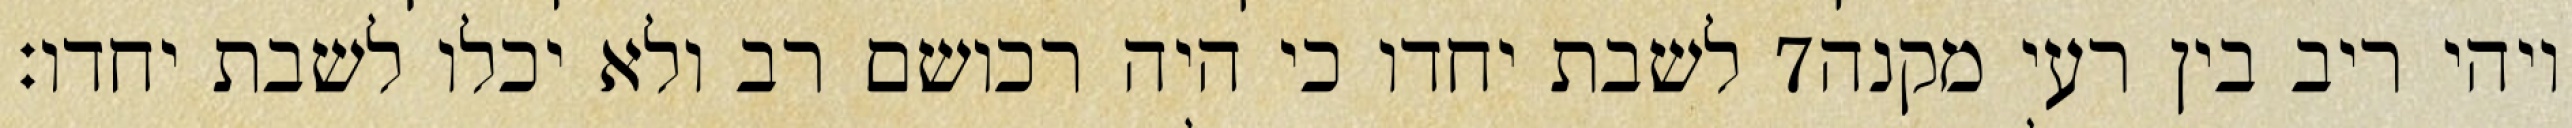
לשבת יחדו כי היה רכושם רב ולא יכלו לשבת יחדו׃ ‎7‏ ויהי ריב בין רעי מקנה